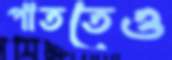
পাততেও